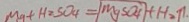
M g + H _ { 2 } S O _ { 4 } = m g S O _ { 4 } + H _ { 2 } \uparrow